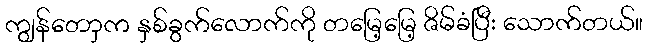
ကျွန်တောှက နှစ်ခွက်လောက်ကို တမြေ့မြေ့ ဇိမ်ခံပြီး သောက်တယ်။